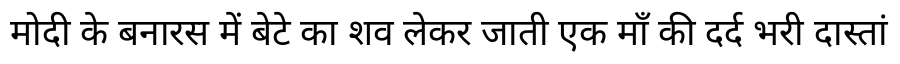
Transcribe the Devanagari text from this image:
मोदी के बनारस में बेटे का शव लेकर जाती एक माँ की दर्द भरी दास्तां